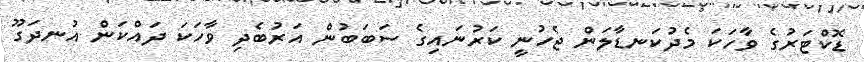
ޑޮކްޓަރުގެ ވާހަކަ މެދުކަނޑާލަން ޖެހުނީ ކަރުނައިގެ ސަބަބުން އަރުބެދި ވާހަކަ ދައްކަން އުނދަގޫ